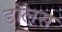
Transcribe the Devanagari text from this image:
डॉलस